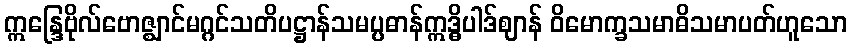
ဣန္ဒြေဗိုလ်ဗောဇ္ဈာင်မဂ္ဂင်သတိပဋ္ဌာန်သမပ္ပဓာန်ဣဒ္ဓိပါဒ်ဈာန် ဝိမောက္ခသမာဓိသမာပတ်ဟူသော